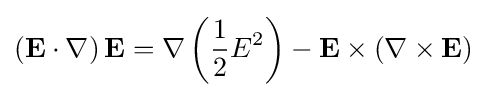
\left(\mathbf {E} \cdot \nabla \right)\mathbf {E} =\nabla \left({\frac {1}{2}}E^{2}\right)-\mathbf {E} \times \left(\nabla \times \mathbf {E} \right)